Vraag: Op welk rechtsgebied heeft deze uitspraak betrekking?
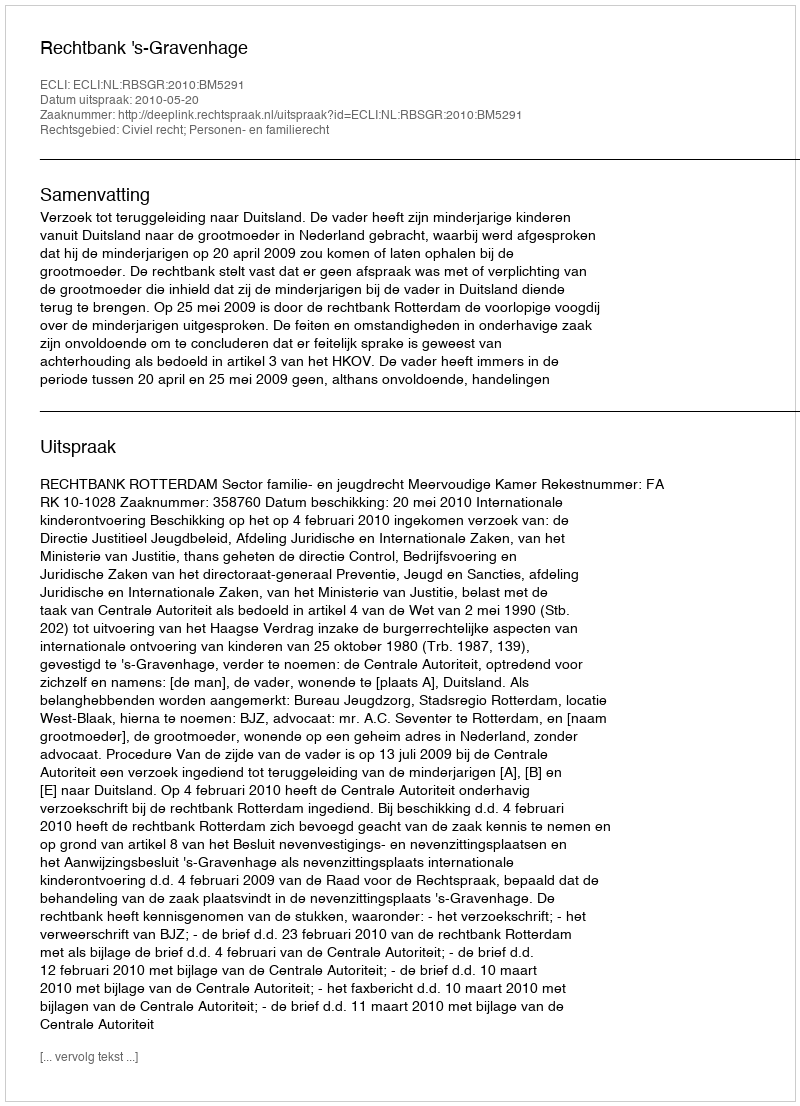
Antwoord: Civiel recht; Personen- en familierecht